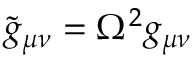
\tilde { g } _ { \mu \nu } = \Omega ^ { 2 } g _ { \mu \nu }